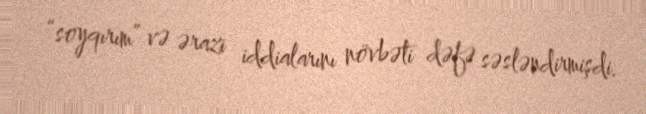
“soyqırım” və ərazi iddialarını növbəti dəfə səsləndirmişdi.